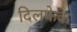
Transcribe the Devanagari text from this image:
दिलफेक